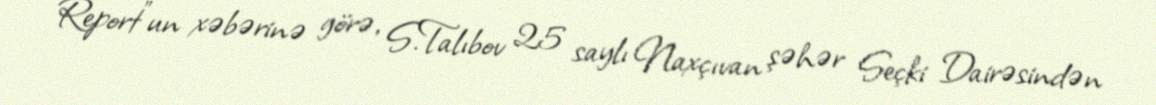
Report"un xəbərinə görə, S.Talıbov 25 saylı Naxçıvan şəhər Seçki Dairəsindən